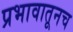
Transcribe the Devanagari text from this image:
प्रभावातूनच